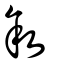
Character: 敘